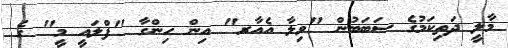
މާލީ ދަތިކަމުގެ ސަބަބުން "ވިލާ އެއާރ" އިން ހިންގާ "ފްލައީ މީ" ގެ